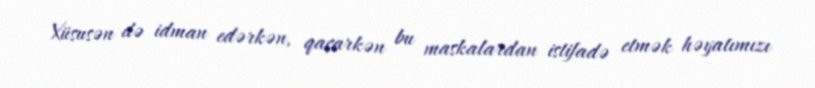
Xüsusən də idman edərkən, qaçarkən bu maskalardan istifadə etmək həyatımızı